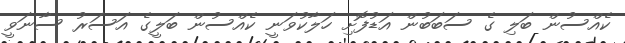
ކެއްސުން ބަލި ގެ ސަބަބުން އަޑުފޮށި ހަލާކުވަނީ ކެއްސުން ބަލީގެ އަސަރު ސާނަވީ